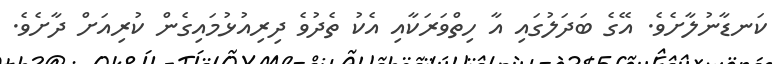
ކަނޑާނުލާށެވެ. އޭގެ ބަދަލުގައި އާ ހިތްވަރަކާއި އެކު ތެދުވެ ދިރިއުޅުމައިގެން ކުރިއަށް ދާށެވެ.